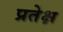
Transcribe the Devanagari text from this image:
प्रतेक्ष